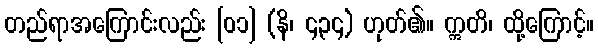
တည်ရာအကြောင်းလည်း [၀၁] (နိ၊ ၄၃၄) ဟုတ်၏။ ဣတိ၊ ထို့ကြောင့်။